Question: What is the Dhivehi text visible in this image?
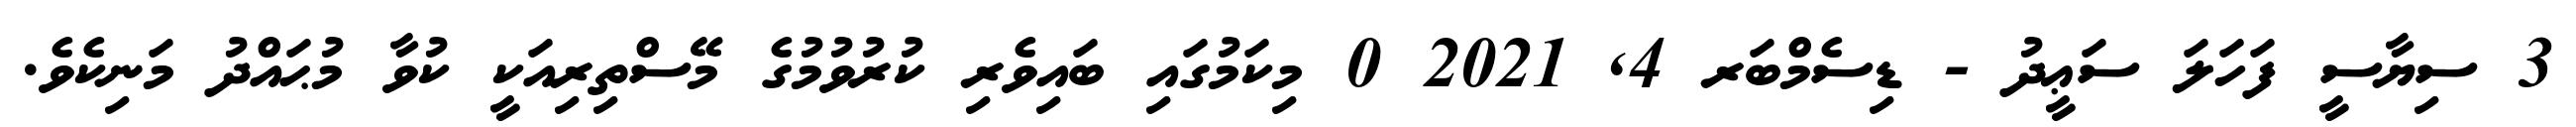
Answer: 3 ސިޔާސީ ފަހަލަ ސަޢީދު - ޑިސެމްބަރ 4, 2021 0 މިކަމުގައި ބައިވެރި ކުރުވުމުގެ މޭސްތިރިއަކީ ކުވާ މުޙައްދު މަނިކެވެ.